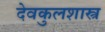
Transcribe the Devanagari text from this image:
देवकुलशास्त्र